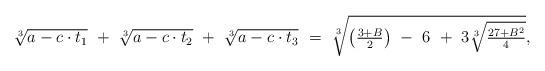
LaTeX: \begin{align*}\textstyle \sqrt[3]{a - c \cdot t_1} \ + \ \sqrt[3]{a - c \cdot t_2} \ +\ \sqrt[3]{a - c \cdot t_3} \ = \ \sqrt[3]{\left(\frac{3+B}{2}\right) \ - \ 6 \ + \ 3\sqrt[3]{\frac{27 + B^2}{4}}},\end{align*}